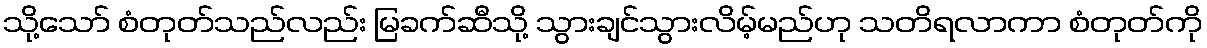
သို့သော် စံတုတ်သည်လည်း မြခက်ဆီသို့ သွားချင်သွားလိမ့်မည်ဟု သတိရလာကာ စံတုတ်ကို